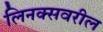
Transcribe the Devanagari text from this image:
लिनक्सवरील